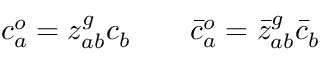
c _ { a } ^ { o } = z _ { a b } ^ { g } c _ { b } \qquad \bar { c } _ { a } ^ { o } = \bar { z } _ { a b } ^ { g } \bar { c } _ { b }